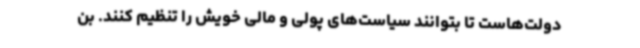
دولت‌هاست تا بتوانند سیاست‌های پولی و مالی خویش را تنظیم کنند. بن